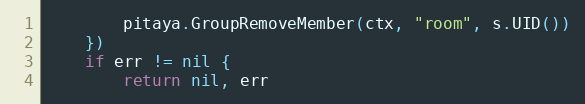
Language: Go
		pitaya.GroupRemoveMember(ctx, "room", s.UID())
	})
	if err != nil {
		return nil, err